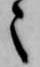
々